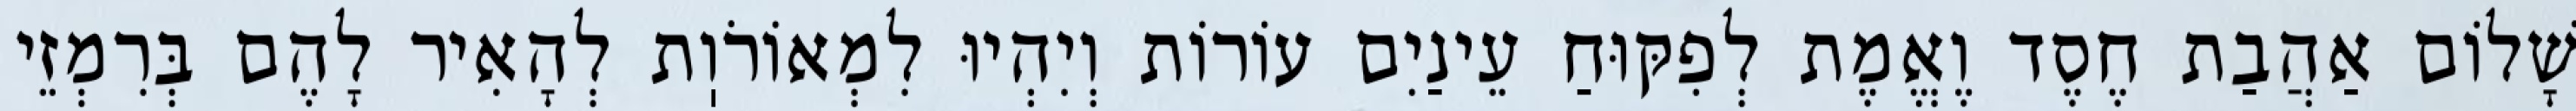
שָׁלוֹם אַהֲבַת חֶסֶד וֶאֱמֶת לְפִקּוּחַ עֵינַיִם עוֹרוֹת וְיִהְיוּ לִמְאוֹרֹוֽת לְהָאִיר לָהֶם בְּרִמְזֵי